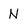
Character: N